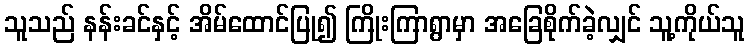
သူသည် နန်းခင်နှင့် အိမ်ထောင်ပြု၍ ကြိုးကြာရွာမှာ အခြေစိုက်ခဲ့လျှင် သူ့ကိုယ်သူ